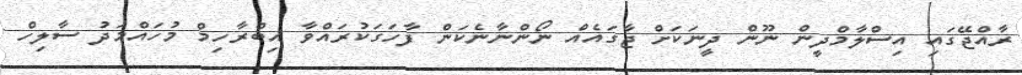
ރާއްޖޭގައި އިސްލާމްދީން ނޫން ދީނަކަށް ޖާގައެއް ނޯންނާނެކަން ފާހަގަކުރައްވާ އިބްރާހިމް މުހައްމަދު ސާލިހް